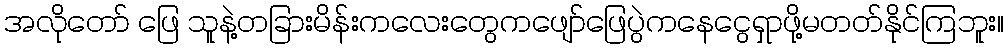
အလိုတော် ဖြေ သူနဲ့တခြားမိန်းကလေးတွေကဖျော်ဖြေပွဲကနေငွေရှာဖို့မတတ်နိုင်ကြဘူး။